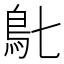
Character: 𩾙